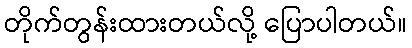
တိုက်တွန်းထားတယ်လို့ ပြောပါတယ်။